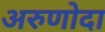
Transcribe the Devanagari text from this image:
अरुणोदा